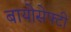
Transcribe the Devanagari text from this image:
बायोसेफ्टी